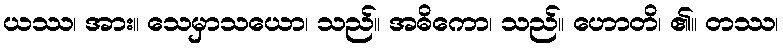
ယဿ၊ အား။ သေမှာသယော၊ သည်။ အဓိကော၊ သည်။ ဟောတိ၊ ၏။ တဿ၊